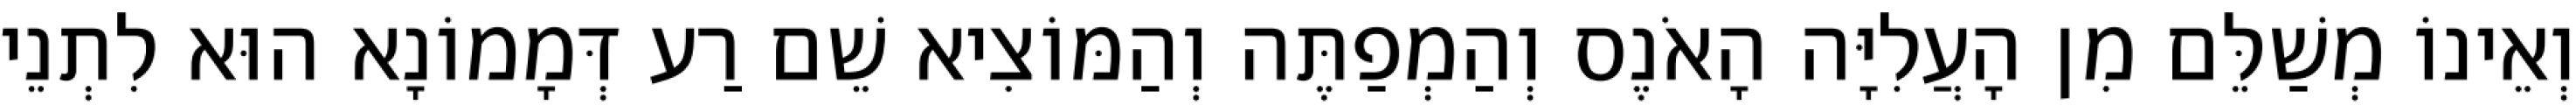
וְאֵינוֹ מְשַׁלֵּם מִן הָעֲלִיָּה הָאֹנֶס וְהַמְפַתֶּה וְהַמּוֹצִיא שֵׁם רַע דְּמָמוֹנָא הוּא לִתְנֵי